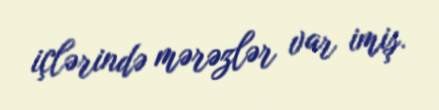
içlərində mərəzlər var imiş.